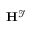
\mathbf { H } ^ { \mathcal { I } }